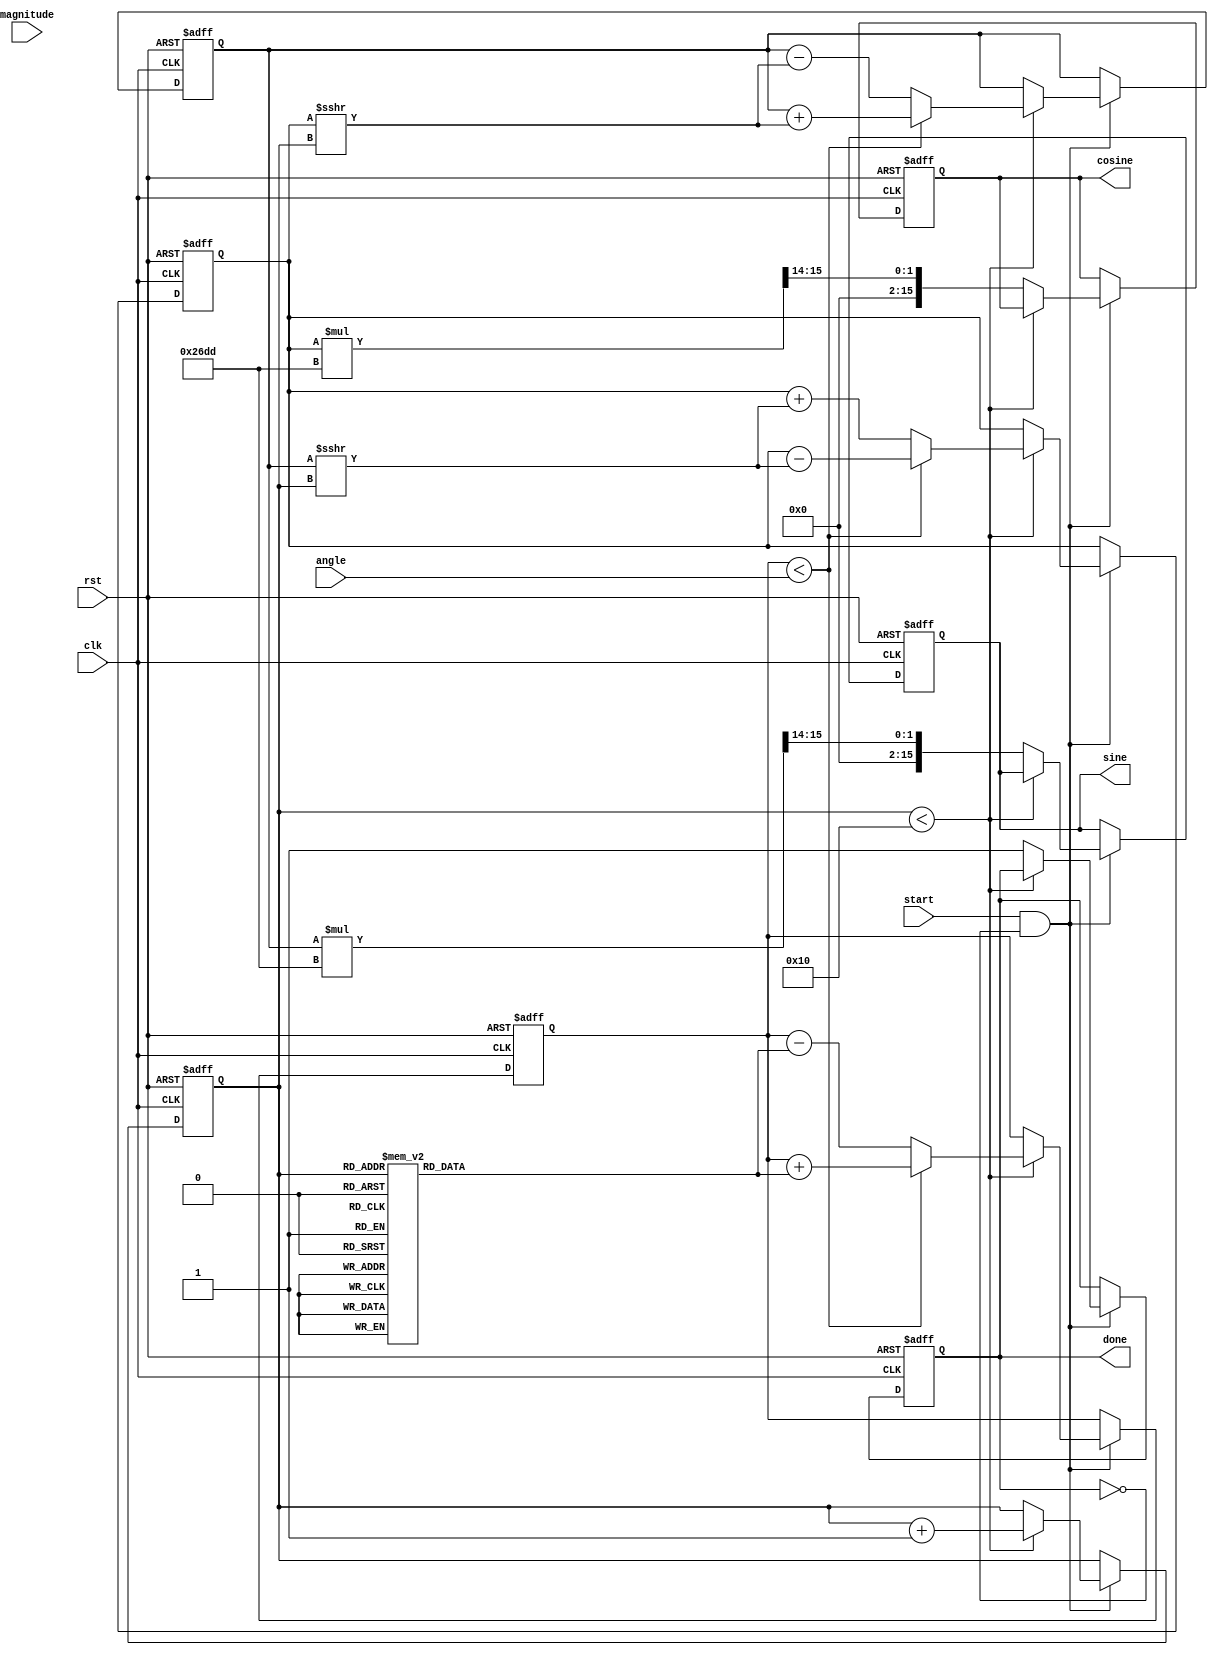
module cordic (
    input clk,
    input rst,
    input start,
    input signed [15:0] angle,           // Fixed-point angle input (16 bits)
    input signed [15:0] magnitude,        // Fixed-point magnitude input (16 bits)
    output reg signed [15:0] cosine,      // Cosine output (16 bits)
    output reg signed [15:0] sine,        // Sine output (16 bits)
    output reg done                       // Completion signal
);
    // Define parameters
    parameter NUM_ITERATIONS = 16; // Number of iterations
    parameter FIXED_POINT_SHIFT = 14; // Shift for fixed-point representation
    parameter CORDIC_GAIN = 16'h26DD; // Fixed-point gain (approx 0.607)

    // Internal variables
    reg signed [15:0] x;              // X coordinate (cosine value)
    reg signed [15:0] y;              // Y coordinate (sine value)
    reg signed [15:0] z;              // Angle accumulator
    reg [3:0] iter;                   // Iteration counter
    reg [15:0] arctan_table [0:NUM_ITERATIONS-1]; // Lookup table for arctangent values

    // Initialize arctangent values
    initial begin
        arctan_table[0] = 16'hB177; // atan(1) in fixed point
        arctan_table[1] = 16'hA3D7; // atan(1/2)
        arctan_table[2] = 16'hA1D8; // atan(1/4)
        arctan_table[3] = 16'hA0DA; // atan(1/8)
        arctan_table[4] = 16'hA07D; // atan(1/16)
        // ... initialize rest of the table as needed ...
    end

    // Finite State Machine for CORDIC operation
    always @(posedge clk or posedge rst) begin
        if (rst) begin
            x <= 16'h4000;             // Initial x = 1.0 in fixed-point
            y <= 16'h0000;             // Initial y = 0.0 in fixed-point
            z <= 0;                    // Initial angle = 0
            iter <= 0;                 // Reset iteration counter
            done <= 0;                 // Reset done flag
            cosine <= 0;
            sine <= 0;
        end else if (start && !done) begin
            // Perform CORDIC iterations
            if (iter < NUM_ITERATIONS) begin
                if (z < angle) begin
                    // Counter-clockwise rotation
                    x <= x - (y >>> iter); // Update x
                    y <= y + (x >>> iter); // Update y
                    z <= z + arctan_table[iter]; // Update angle
                end else begin
                    // Clockwise rotation
                    x <= x + (y >>> iter); // Update x
                    y <= y - (x >>> iter); // Update y
                    z <= z - arctan_table[iter]; // Update angle
                end
                iter <= iter + 1;
            end else begin
                // After all iterations
                cosine <= (x * CORDIC_GAIN) >>> FIXED_POINT_SHIFT; // Apply scaling
                sine <= (y * CORDIC_GAIN) >>> FIXED_POINT_SHIFT;   // Apply scaling
                done <= 1; // Set done flag
            end
        end
    end
endmodule